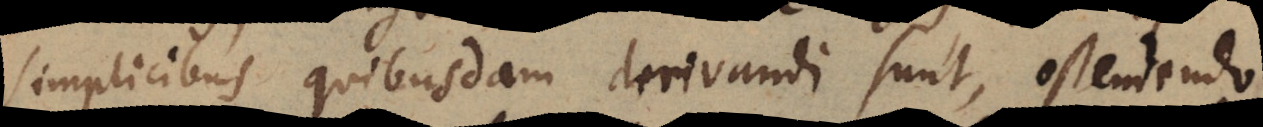
simplicibus quibusdam derivandi sunt, ostendendo